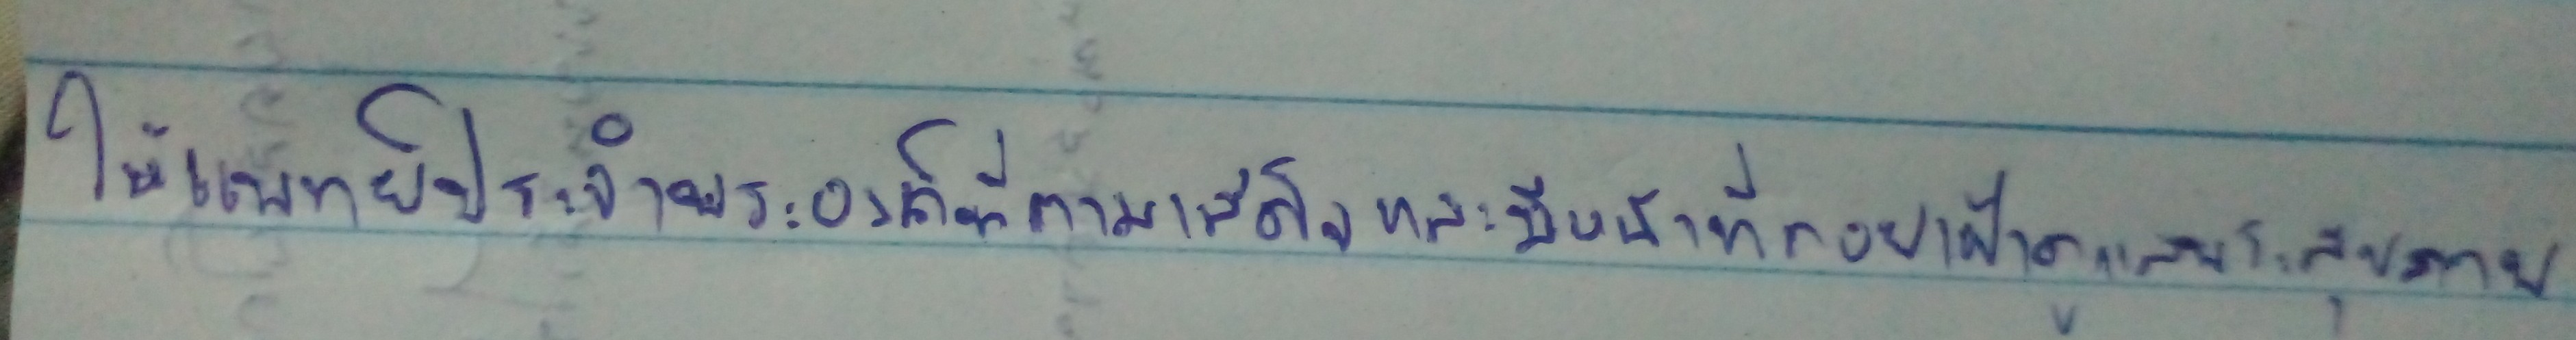
ให้แพทย์ประจำพระองค์ที่ตามเสด็จและมีหน้าที่คอยเฝ้าดูแลพระสุขภาพ